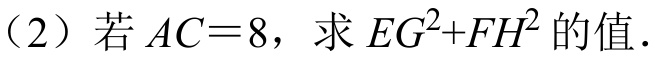
（2）若 \(AC = 8\)，求 \(EG^{2}+FH^{2}\) 的值.